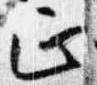
正